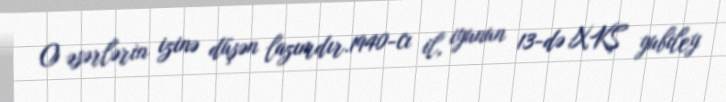
O əsərlərin izinə düşən lazımdır.1940-cı il, iyunun 13-də XKŞ yubiley